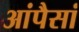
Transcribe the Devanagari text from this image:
आंपैसां